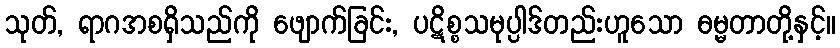
သုတ်, ရာဂအစရှိသည်ကို ဖျောက်ခြင်း, ပဋိစ္စသမုပ္ပါဒ်တည်းဟူသော ဓမ္မတာတို့နှင့်။